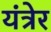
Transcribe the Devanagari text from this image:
यंत्रेर